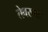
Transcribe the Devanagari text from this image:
तेवरमों